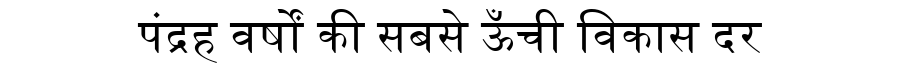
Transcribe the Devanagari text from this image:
पंद्रह वर्षों की सबसे ऊँची विकास दर